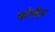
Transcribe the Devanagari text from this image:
कोलैज़